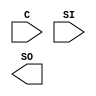
module siso (C, SI, SO); 
input C;
input [7:0] SI; 
output [7:0] SO; 
reg [7:0] SO; 
reg [7:0] tmp;  
always @(*) 
    begin 
	if(C==1)
	begin
	  tmp[7] = SI[0]; 
	   $display("so %b",tmp );
      tmp = tmp >> 1;
	  end
    end 
   
endmodule 

module sisot_b;
reg C;
reg [7:0] SI; 
wire [7:0] SO;

siso mysiso(C,SI,SO);
initial
begin
$monitor("c=%b  ",C);
C=1'b 1;
SI=8'b 10110100;
#1
C=1'b 0;
#1
C=1'b 1;
SI=SI>>1;
#1
C=1'b 0;
#1
C=1'b 1;
SI=SI>>1;
#1
C=1'b 0;
#1
C=1'b 1;
SI=SI>>1;
#1
C=1'b 0;
#1
C=1'b 1;
SI=SI>>1;
#1
C=1'b 0;
#1
C=1'b 1;
SI=SI>>1;
#1
C=1'b 0;
#1
C=1'b 1;
SI=SI>>1;
#1
C=1'b 0;
#1
C=1'b 1;
SI=SI>>1;
#1
C=1'b 0;

end 
endmodule